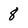
Character: 8